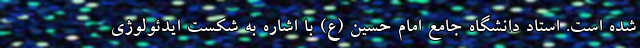
شده است. استاد دانشگاه جامع امام حسین (ع) با اشاره به شکست ایدئولوژی